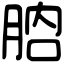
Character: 𦛚